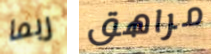
ربما مراهق